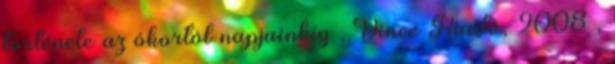
története az ókortól napjainkig , Vince Kiadó, 2008 ,